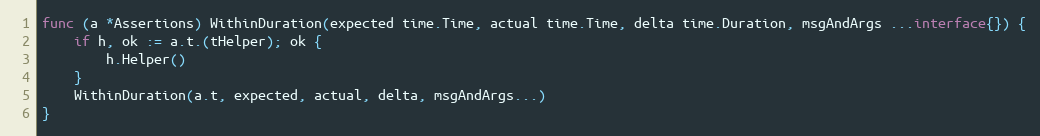
Language: Go
func (a *Assertions) WithinDuration(expected time.Time, actual time.Time, delta time.Duration, msgAndArgs ...interface{}) {
	if h, ok := a.t.(tHelper); ok {
		h.Helper()
	}
	WithinDuration(a.t, expected, actual, delta, msgAndArgs...)
}